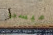
ميسي